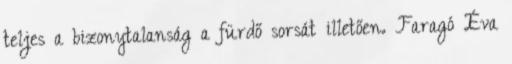
teljes a bizonytalanság a fürdő sorsát illetően. Faragó Éva